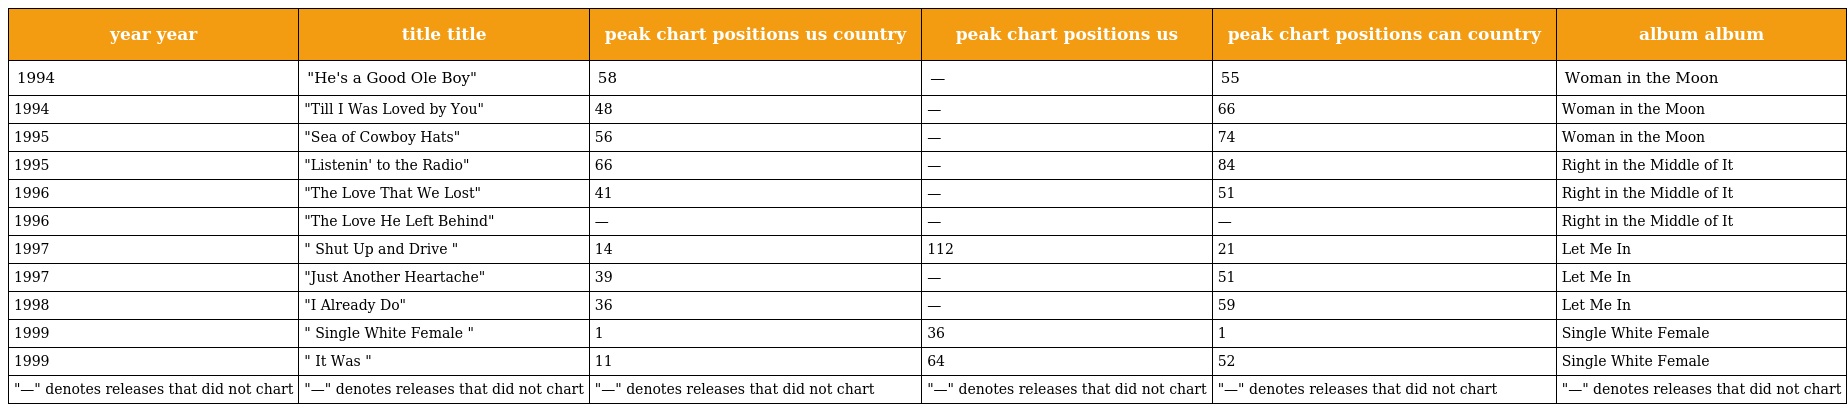
| year year | title title | peak chart positions us country | peak chart positions us | peak chart positions can country | album album |
 | --- | --- | --- | --- | --- | --- |
 | 1994 | "He's a Good Ole Boy" | 58 | — | 55 | Woman in the Moon |
 | 1994 | "Till I Was Loved by You" | 48 | — | 66 | Woman in the Moon |
 | 1995 | "Sea of Cowboy Hats" | 56 | — | 74 | Woman in the Moon |
 | 1995 | "Listenin' to the Radio" | 66 | — | 84 | Right in the Middle of It |
 | 1996 | "The Love That We Lost" | 41 | — | 51 | Right in the Middle of It |
 | 1996 | "The Love He Left Behind" | — | — | — | Right in the Middle of It |
 | 1997 | " Shut Up and Drive " | 14 | 112 | 21 | Let Me In |
 | 1997 | "Just Another Heartache" | 39 | — | 51 | Let Me In |
 | 1998 | "I Already Do" | 36 | — | 59 | Let Me In |
 | 1999 | " Single White Female " | 1 | 36 | 1 | Single White Female |
 | 1999 | " It Was " | 11 | 64 | 52 | Single White Female |
 | "—" denotes releases that did not chart | "—" denotes releases that did not chart | "—" denotes releases that did not chart | "—" denotes releases that did not chart | "—" denotes releases that did not chart | "—" denotes releases that did not chart |